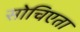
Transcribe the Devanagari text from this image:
सोचिएता